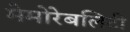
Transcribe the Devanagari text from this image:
मेमोरेबलिटी